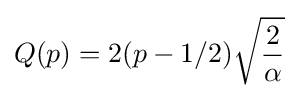
Q(p)=2(p-1/2){\sqrt {\frac {2}{\alpha }}}\!